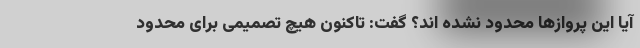
آیا این پرواز‌ها محدود نشده اند؟ گفت: تاکنون هیچ تصمیمی برای محدود